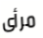
مرأى